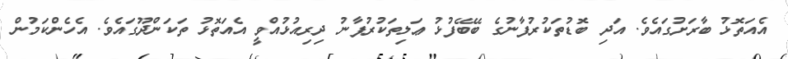
އެއަތޮޅު ބާރަށުގައެވެ. އަދި ބޮޑުތަކުރުފާނުގެ ބޭބޭފުޅު ޢަލިތަކުރުފާނު ދިރިއުޅުއްވީ އެއަތޮޅު ތަކަންދޫގައެވެ. އެހެންކަމުން